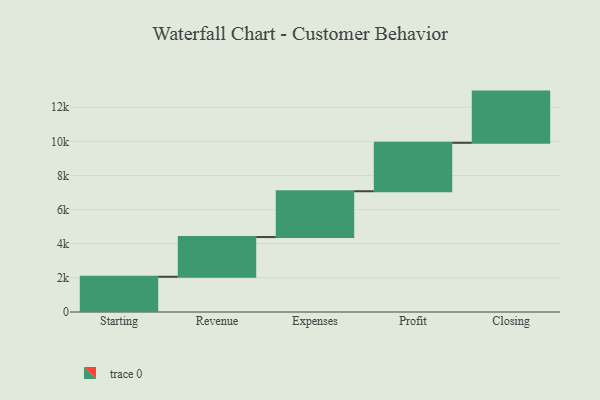
{"axis": {"x": "Step", "y": "Value"}, "legend": [""], "data": [{"x": "Starting", "y": 2065.0, "type": ""}, {"x": "Revenue", "y": 2327.0, "type": ""}, {"x": "Expenses", "y": 2685.0, "type": ""}, {"x": "Profit", "y": 2839.0, "type": ""}, {"x": "Closing", "y": 3000, "type": ""}]}